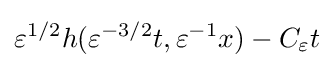
\varepsilon ^{1/2}h(\varepsilon ^{-3/2}t,\varepsilon ^{-1}x)-C_{\varepsilon }t